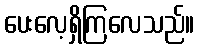
ပေးလေ့ရှိကြလေသည်။